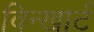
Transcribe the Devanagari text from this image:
विन्खार्ट